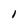
Character: 1